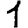
Digit: 1